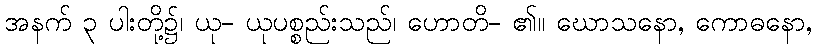
အနက် ၃ ပါးတို့၌၊ ယု- ယုပစ္စည်းသည်၊ ဟောတိ- ၏။ ဃောသနော, ကောဓနော,